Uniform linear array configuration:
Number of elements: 48
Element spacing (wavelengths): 0.5
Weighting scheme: blackman
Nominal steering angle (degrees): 0
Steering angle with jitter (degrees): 1.024
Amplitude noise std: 0.05
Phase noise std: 0.05

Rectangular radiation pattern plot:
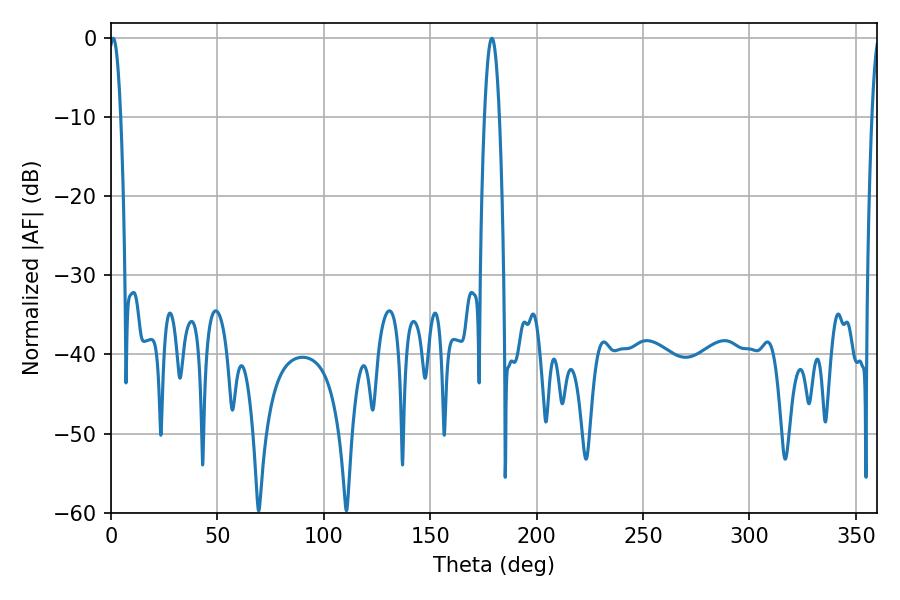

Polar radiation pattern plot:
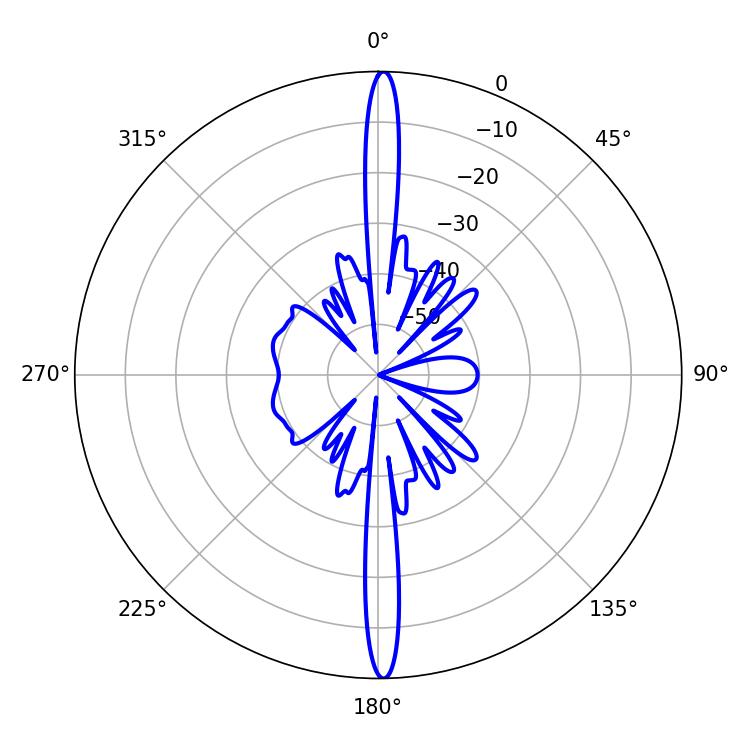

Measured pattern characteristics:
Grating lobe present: FALSE
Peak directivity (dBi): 28.815
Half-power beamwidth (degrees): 3.78
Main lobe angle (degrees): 178.92